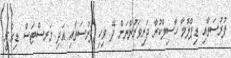
ފުރުސަތާއި ޑިޕްލޮމާ ހާސިލްކުރާ ދަރިވަރުންނަށް ދޭ ވިހި ފުރުސަތާއި އަދި މަރސްޓަސް ޑިގްރީ